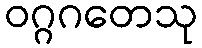
ဝဂ္ဂဂတေသု